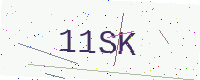
Text: 11SK